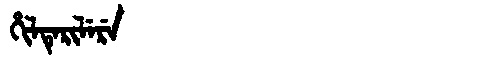
Manchu: ᡥᡳᠯᡨᡝᡵᡳᠯᡝᡵᡝ
Romanization: HILTERILERE